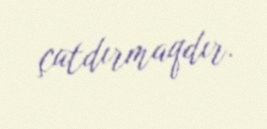
çatdırmaqdır.